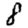
Digit: 8